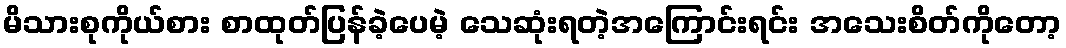
မိသားစုကိုယ်စား စာထုတ်ပြန်ခဲ့ပေမဲ့ သေဆုံးရတဲ့အကြောင်းရင်း အသေးစိတ်ကိုတော့